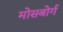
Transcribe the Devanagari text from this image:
मोसबोर्ग